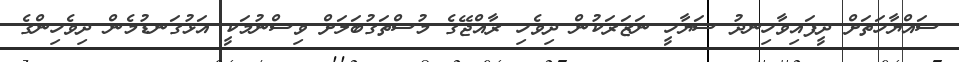
ސައްޔާހަތަށް ދީފައިވާހިނދު ސަޔާހީ ނަޒަރަކުން ދިވެހި ރާއްޖޭގެ މުސްތަގުބަލަށް ވިސްނުމަކީ އަޅުގަނޑުމެން ދިވެހިންގެ